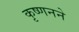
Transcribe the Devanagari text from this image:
कृष्णनने